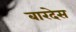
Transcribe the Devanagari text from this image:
बारदेस